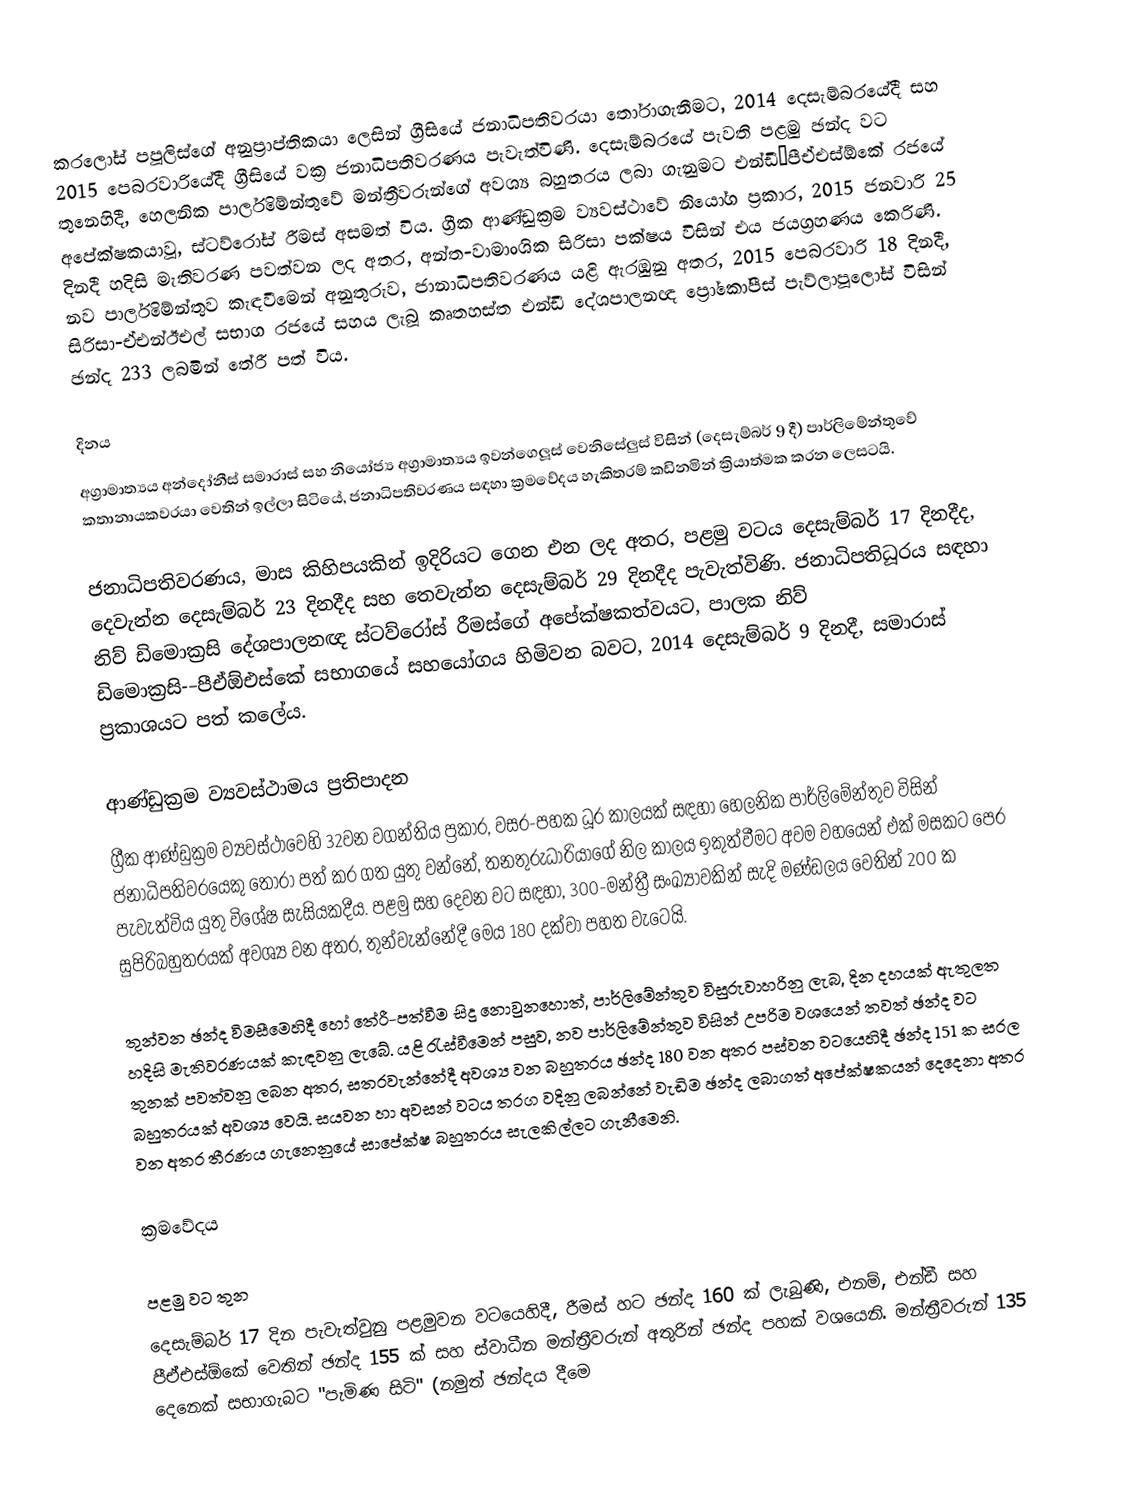
කරලෝස් පපූලිස්ගේ අනුප්‍රාප්තිකයා ලෙසින් ග්‍රීසියේ ජනාධිපතිවරයා තෝරාගැනීමට,  2014 දෙසැම්බරයේදී සහ 2015 පෙබරවාරියේදී ග්‍රීසියේ වක්‍ර ජනාධිපතිවරණය පැවැත්විණි. දෙසැම්බරයේ පැවති පළමු ඡන්ද වට තුනෙහිදී,   හෙලනික පාර්ලිමේන්තුවේ මන්ත්‍රීවරුන්ගේ අවශ්‍ය බහුතරය ලබා ගැනුමට එන්ඩී–පීඒඑස්ඕකේ රජයේ අපේක්ෂකයාවූ, ස්ටව්රෝස් රීමස් අසමත් විය.   ග්‍රීක ආණ්ඩුක්‍රම ව්‍යවස්ථාවේ නියෝග ප්‍රකාර, 2015 ජනවාරි 25 දිනදී  හදිසි මැතිවරණ පවත්වන ලද අතර, අන්ත-වාමාංශික සිරිසා පක්ෂය විසින් එය ජයග්‍රහණය කෙරිණි. නව පාර්ලිමේන්තුව කැඳවීමෙන් අනුතුරුව, ජානාධිපතිවරණය යළි ඇරඹුනු අතර, 2015 පෙබරවාරි 18 දිනදී, සිරිසා-ඒඑන්ඊඑල් සභාග රජයේ සහය ලැබූ කෘතහස්ත එන්ඩී දේශපාලනඥ ප්‍රෝකෝපීස් පැව්ලාපූලෝස් විසින් ඡන්ද 233 ලබමින් තේරී පත් විය.

දිනය
අග්‍රාමාත්‍යය අන්දෝනීස් සමාරාස් සහ නියෝජ්‍ය අග්‍රාමාත්‍යය ඉවන්ගෙලූස් වෙනිසේලුස් විසින් (දෙසැම්බර් 9 දී) පාර්ලිමේන්තුවේ කතානායකවරයා වෙතින් ඉල්ලා සිටියේ, ජනාධිපතිවරණය සඳහා ක්‍රමවේදය හැකිතරම් කඩිනමින් ක්‍රියාත්මක කරන ලෙසටයි.

ජනාධිපතිවරණය, මාස කිහිපයකින් ඉදිරියට ගෙන එන ලද අතර, පළමු වටය දෙසැම්බර් 17 දිනදීද, දෙවැන්න දෙසැම්බර් 23 දිනදීද සහ තෙවැන්න දෙසැම්බර් 29 දිනදීද පැවැත්විණි.  ජනාධිපතිධූරය සඳහා නිව් ඩිමොක්‍රසි දේශපාලනඥ   ස්ටව්රෝස් රීමස්ගේ අපේක්ෂකත්වයට, පාලක නිව් ඩිමොක්‍රසි-–පීඒඕඑස්කේ සභාගයේ සහයෝගය හිමිවන බවට,  2014 දෙසැම්බර් 9 දිනදී, සමාරාස් ප්‍රකාශයට පත් කලේය.

ආණ්ඩුක්‍රම ව්‍යවස්ථාමය ප්‍රතිපාදන
ග්‍රීක ආණ්ඩුක්‍රම ව්‍යවස්ථාවෙහි 32වන වගන්තිය ප්‍රකාර, වසර-පහක ධූර කාලයක් සඳහා  හෙලනික පාර්ලිමේන්තුව විසින් ජනාධිපතිවරයෙකු තෝරා පත් කර ගත යුතු වන්නේ, තනතුරුධාරියාගේ නිල කාලය ඉකුත්වීමට අවම වහයෙන් එක් මසකට පෙර පැවැත්විය යුතු විශේෂ සැසියකදීය. පළමු සහ දෙවන වට සඳහා,  300-මන්ත්‍රී සංඛ්‍යාවකින් සැදි මණ්ඩලය වෙතින් 200 ක   සුපිරිබහුතරයක් අවශ්‍ය වන අතර, තුන්වැන්නේදී මෙය 180 දක්වා පහත වැටෙයි.

තුන්වන ඡන්ද විමසීමෙහිදී හෝ තේරී-පත්වීම සිදු නොවුනහොත්, පාර්ලිමේන්තුව විසුරුවාහරිනු ලැබ, දින දහයක් ඇතුලත  හදිසි මැතිවරණයක් කැඳවනු  ලැබේ. යළි රැස්වීමෙන් පසුව, නව පාර්ලිමේන්තුව විසින් උපරිම වශයෙන් තවත් ඡන්ද වට තුනක් පවත්වනු ලබන අතර, සතරවැන්නේදී අවශ්‍ය වන බහුතරය ඡන්ද 180 වන අතර පස්වන වටයෙහිදී ඡන්ද 151 ක   සරල බහුතරයක් අවශ්‍ය වෙයි. සයවන හා අවසන් වටය තරග වදිනු ලබන්නේ වැඩිම ඡන්ද ලබාගත් අපේක්ෂකයන් දෙදෙනා අතර වන අතර  තීරණය ගැනෙනුයේ  සාපේක්ෂ බහුතරය සැලකිල්ලට ගැනීමෙනි.

ක්‍රමවේදය

පළමු වට තුන
දෙසැම්බර් 17 දින පැවැත්වුනු පළමුවන වටයෙහිදී, රීමස් හට ඡන්ද 160 ක් ලැබුණි, එනම්, එන්ඩී සහ පීඒඑස්ඕකේ වෙතින් ඡන්ද 155 ක් සහ ස්වාධීන මන්ත්‍රීවරුන් අතුරින් ඡන්ද පහක් වශයෙනි.  මන්ත්‍රීවරුන් 135 දෙනෙක් සභාගැබට "පැමිණ සිටි" (නමුත් ඡන්දය දීමෙ